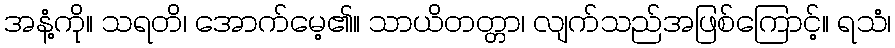
အနံ့ကို။ သရတိ၊ အောက်မေ့၏။ သာယိတတ္တာ၊ လျက်သည်အဖြစ်ကြောင့်။ ရသံ၊